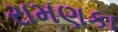
રામણકા